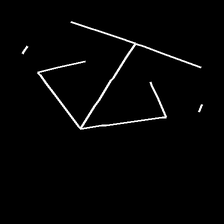
Glyph: earth